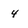
Character: 4